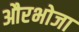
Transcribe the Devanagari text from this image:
औरभोजा